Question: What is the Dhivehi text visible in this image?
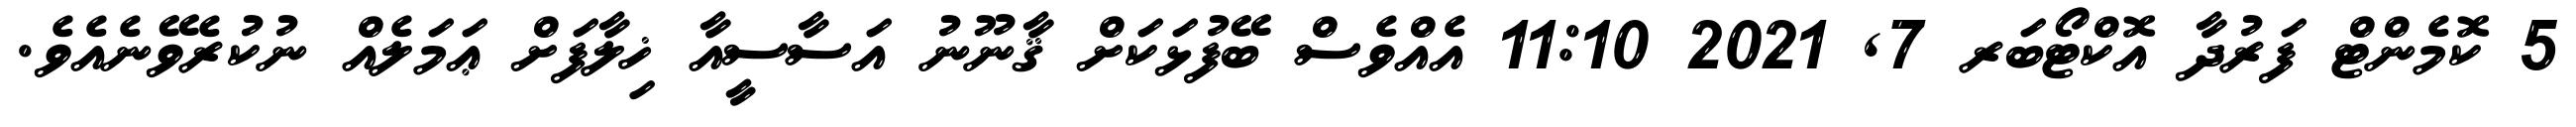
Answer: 5 ކޮމެންޓް ފަރުދާ އޮކްޓޯބަރ 7, 2021 11:10 އެއްވެސް ބޭފުޅަކަށް ޤާނޫނު އަސާސީއާ ޚިލާފަށް ޢަމަލެއް ނުކުރެވޭނެއެވެ.